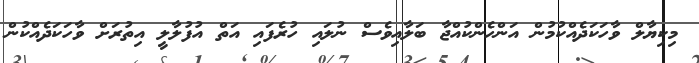
މިކިޔާލް ވާހަކަދެއްކުމުން އަންހެންކުއްޖާ ބަލާއިވެސް ނުލައި ހުރެފައި އަތް އުފުލާލީ އިތުރަށް ވާހަކަދެއްކުން